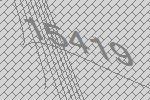
15419